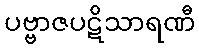
ပဗ္ဗာဇပဋိသာရဏီ